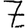
Digit: 7